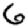
Digit: 6